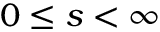
0 \leq s < \infty